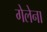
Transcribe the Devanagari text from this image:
गेलेना